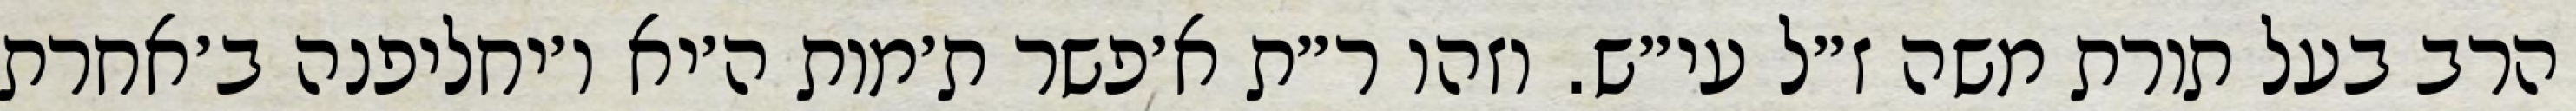
הרב בעל תורת משה ז״ל עי״ש. וזהו ר״ת א׳פשר ת׳מות ה׳יא ו׳יחליפנה ב׳אחרת